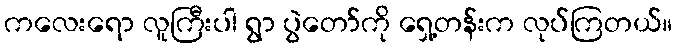
ကလေးရော လူကြီးပါ ရွာ ပွဲတော်ကို ရှေ့တန်းက လုပ်ကြတယ်။